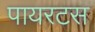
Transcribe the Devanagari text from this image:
पायरटस